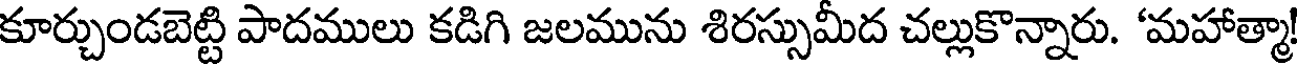
కూర్చుండబెట్టి పాదములు కడిగి జలమును శిరస్సుమీద చల్లుకొన్నారు. 'మహాత్మా